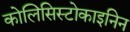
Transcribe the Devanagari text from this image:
कोलिसिस्टोकाइनिन